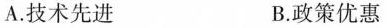
A.技术先进 B.政策优惠